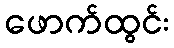
ဖောက်ထွင်း